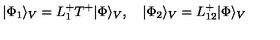
| \Phi _ { 1 } \rangle _ { V } = L _ { 1 } ^ { + } T ^ { + } | \Phi \rangle _ { V } , \quad | \Phi _ { 2 } \rangle _ { V } = L _ { 1 2 } ^ { + } | \Phi \rangle _ { V }